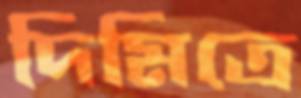
দিমিত্রে